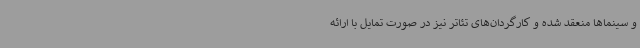
و سینماها منعقد شده و کارگردان‌های تئاتر نیز در صورت تمایل با ارائه